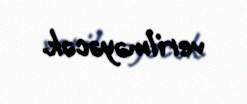
verilməyəcək.